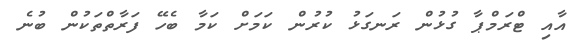
އާއި ޓްރަމްޕާ ގުޅުން ރަނގަޅު ކުރުން ކަމަށް ކަމާ ބެހޭ ފަރާތްތަކުން ބުނެ